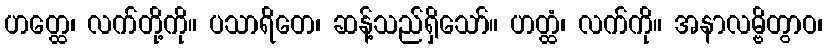
ဟတ္ထေ၊ လက်တို့ကို။ ပသာရိတေ၊ ဆန့်သည်ရှိသော်။ ဟတ္ထံ၊ လက်ကို။ အနာလမ္ဗိတွာဝ၊